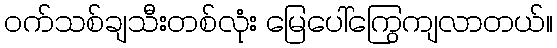
၀က်သစ်ချသီးတစ်လုံး မြေပေါ်ကြွေကျလာတယ်။